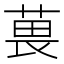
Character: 葨